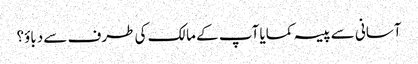
آسانی سے پیسہ کمایا آپ کے مالک کی طرف سے دباؤ؟